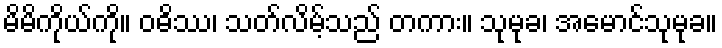
မိမိကိုယ်ကို။ ဝဓိဿ၊ သတ်လိမ့်သည် တကား။ သုမုခ၊ အမောင်သုမုခ။